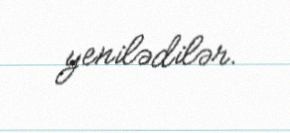
yenilədilər.